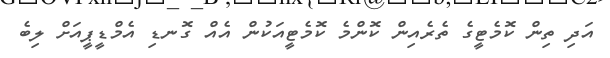
އަދި ތިން ކޮމެޓީގެ ތެރެއިން ކޮންމެ ކޮމެޓީއަކުން އެއް ގޮނޑި އެމްޑީޕީއަށް ލިބެ